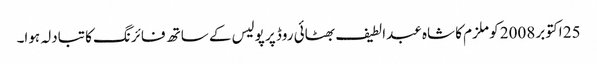
25 اکتوبر 2008 کو ملزم کا شاہ عبدالطیف بھٹائی روڈ پر پولیس کے ساتھ فائرنگ کا تبادلہ ہوا۔